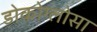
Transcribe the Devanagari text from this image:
डोकोग्लोसा